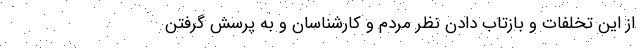
از این تخلفات و بازتاب دادن نظر مردم و کارشناسان و به پرسش گرفتن